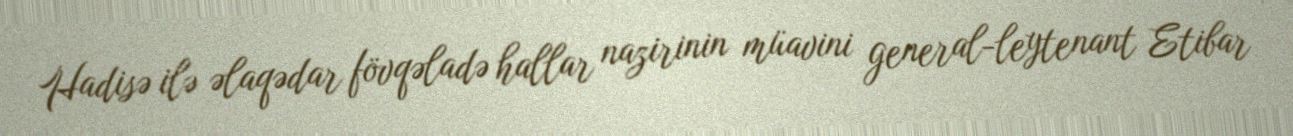
Hadisə ilə əlaqədar fövqəladə hallar nazirinin müavini general-leytenant Etibar